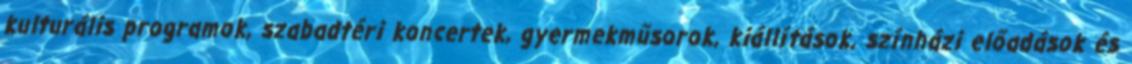
kulturális programok, szabadtéri koncertek, gyermekműsorok, kiállítások, színházi előadások és